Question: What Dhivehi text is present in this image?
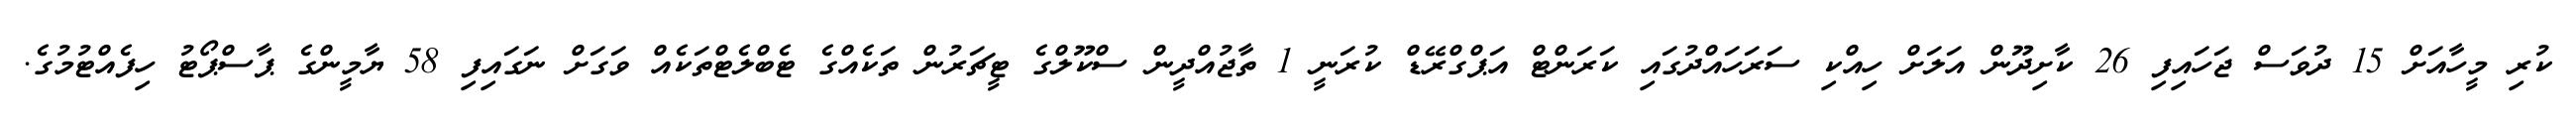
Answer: ކުރި މީހާއަށް 15 ދުވަސް ޖަހައިފި 26 ކާށިދޫން އަލަށް ހިއްކި ސަރަހައްދުގައި ކަރަންޓް އަޕްގްރޭޑް ކުރަނީ 1 ތާޖުއްދީން ސްކޫލްގެ ޓީޗަރުން ތަކެއްގެ ޓެބްލެޓްތަކެއް ވަގަށް ނަގައިފި 58 ޔާމީންގެ ޕާސްޕޯޓު ހިފެއްޓުމުގެ.